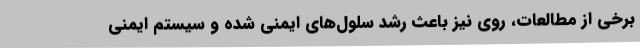
برخی از مطالعات، روی نیز باعث رشد سلول‌های ایمنی شده و سیستم ایمنی